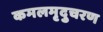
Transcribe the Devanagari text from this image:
कमलमृदुचरण